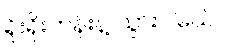
ရိုးရိုးတန်းနဲ့ သွားပါမယ်။